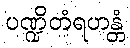
ပဏ္ဍိတံရဟန္တံ